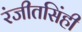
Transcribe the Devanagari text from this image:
रंजीतसिंही